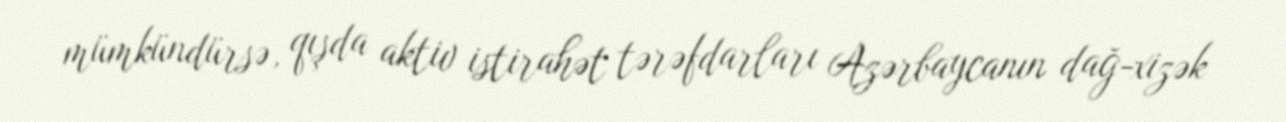
mümkündürsə, qışda aktiv istirahət tərəfdarları Azərbaycanın dağ-xizək